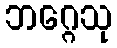
ဘဂ္ဂေသု